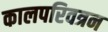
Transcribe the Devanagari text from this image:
कालपरिवत्रन